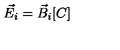
\vec { E } _ { i } = \vec { B } _ { i } [ C ]